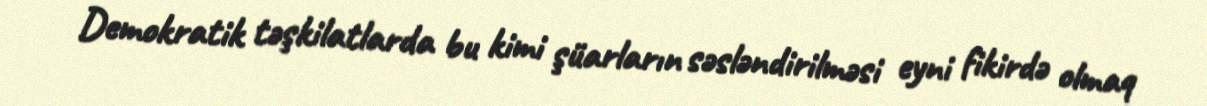
Demokratik təşkilatlarda bu kimi şüarların səsləndirilməsi eyni fikirdə olmaq